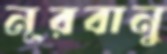
নূরবানু